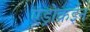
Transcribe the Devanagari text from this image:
एंड्रोक्रईन